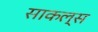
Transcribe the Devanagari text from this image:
साकल्स